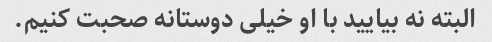
البته نه بیایید با او خیلی دوستانه صحبت کنیم.